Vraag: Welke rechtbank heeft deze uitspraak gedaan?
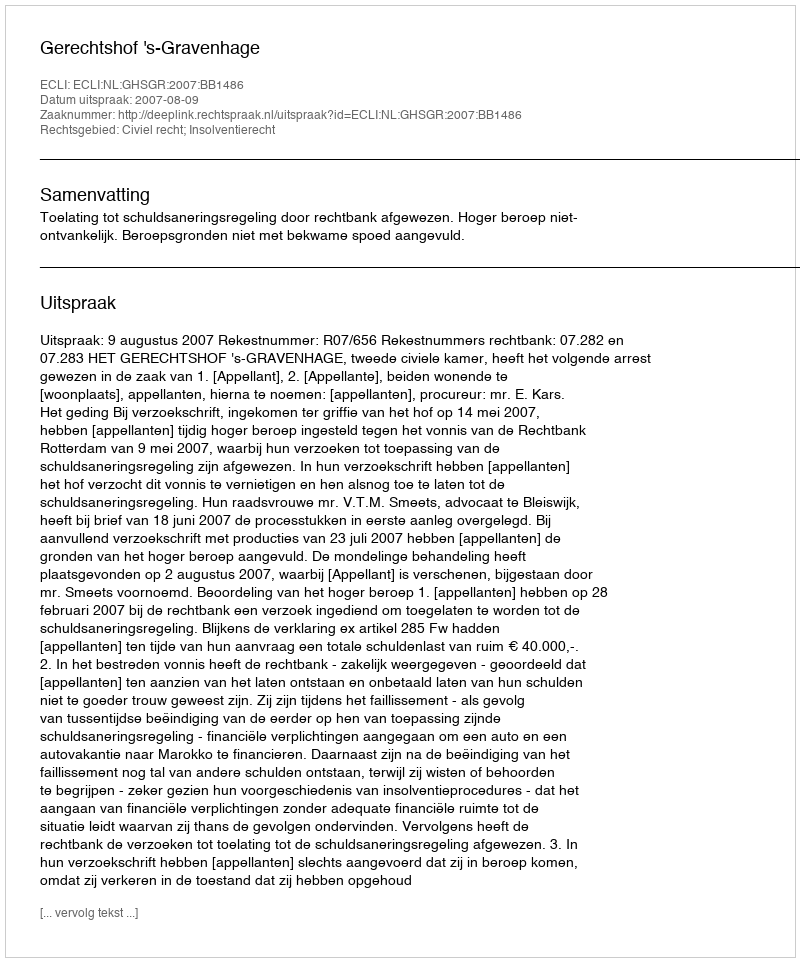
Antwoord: Gerechtshof 's-Gravenhage